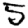
Digit: 5